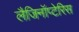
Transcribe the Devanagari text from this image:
लैजिनॉप्टेरिस